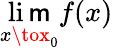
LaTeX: \operatorname*{li\mathsf{m}}_{x\tox_{0}}f(x)